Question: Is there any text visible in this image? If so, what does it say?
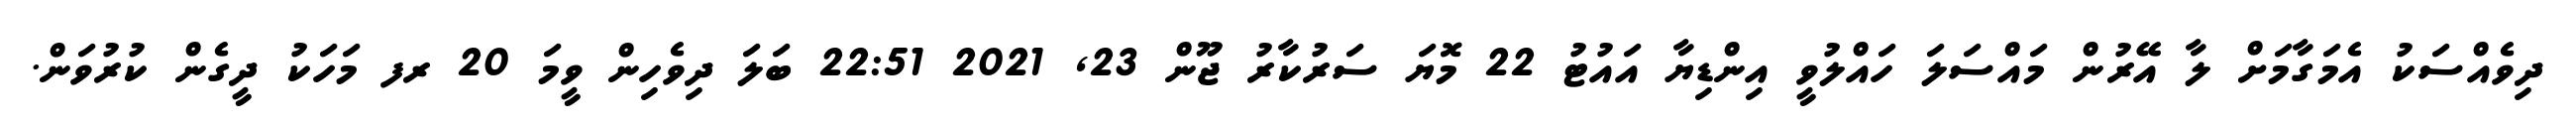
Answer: ދިވެއްސަކު އެމަގާމަށް ލާ އޭރުން މައްސަލަ ހައްލުވީ އިންޑިޔާ އައުޓު 22 މޮޔަ ސަރުކާރު ޖޫން 23, 2021 22:51 ބަލަ ދިވެހިން ވީމަ 20 ރފ މަހަކު ދީގެން ކުރުވަން.